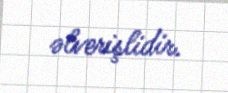
əlverişlidir.